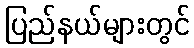
ပြည်နယ်များတွင်